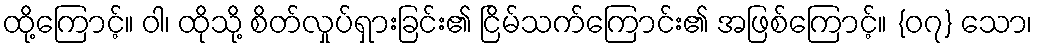
ထို့ကြောင့်။ ဝါ၊ ထိုသို့ စိတ်လှုပ်ရှားခြင်း၏ ငြိမ်သက်ကြောင်း၏ အဖြစ်ကြောင့်။ {၀၇} သော၊